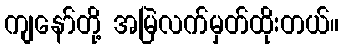
ကျနော်တို့ အမြဲလက်မှတ်ထိုးတယ်။